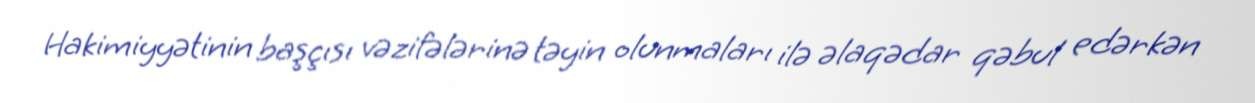
Hakimiyyətinin başçısı vəzifələrinə təyin olunmaları ilə əlaqədar qəbul edərkən